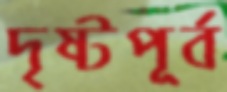
দৃষ্টপূর্ব